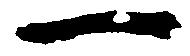
一